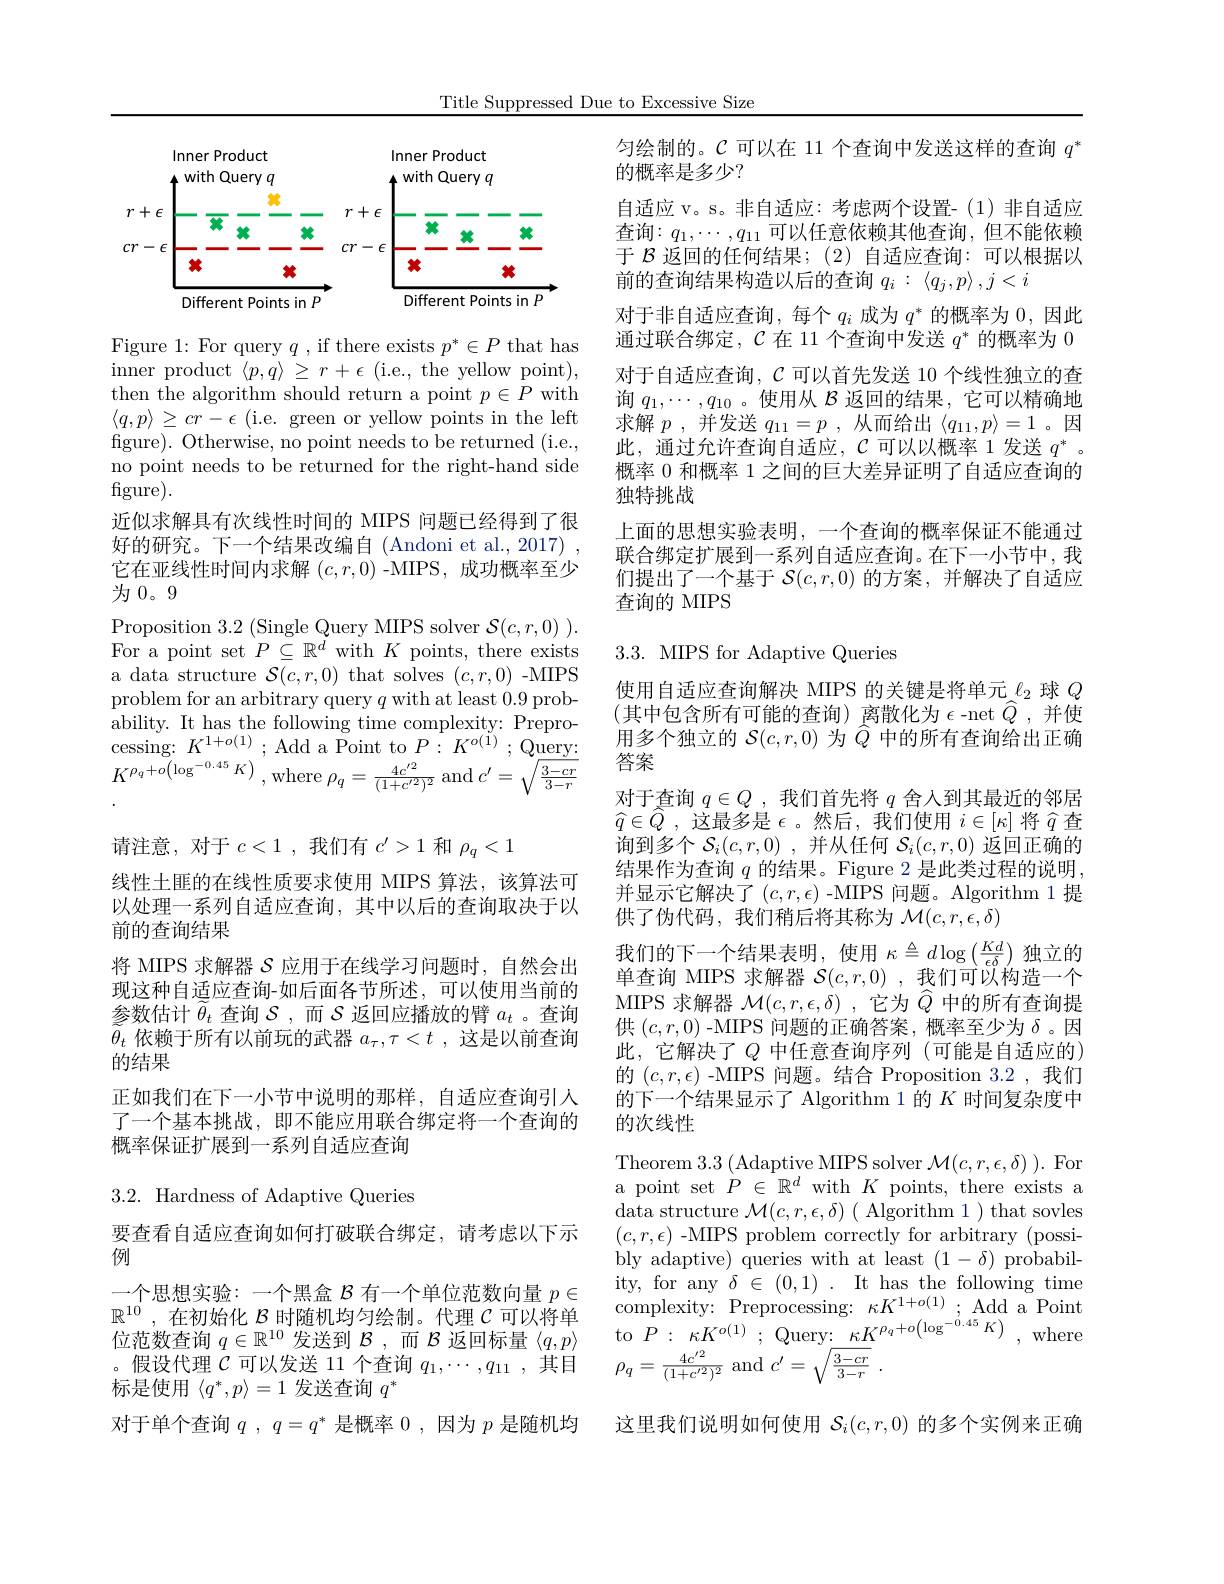
Title Suppressed Due to Excessive Size

<FigureHere>

Figure 1: For query $q$, if there exists $p^*\in P$ that has $\begin{array}{l}\text{inner product }\langle p,q\rangle\geq r+\epsilon\text{(i.e., the yellow point),}\\\text{then the algorithm should return a point }p\in P\mathrm{~with}\end{array}$ $\langle q,p\rangle\geq cr-\epsilon$ (i.e. green or yellow points in the left figure). Otherwise, no point needs to be returned (i.e., no point needs to be returned for the right-hand side figure).
近似求解具有次线性时间的 MIPS 问题已经得到了很好的研究。下一个结果改编自(Andoni et al., 2017) , 它在亚线性时间内求解$(c,r,0)$ -MIPS, 成功概率至少为0。9
Proposition 3. 2 ( Single Query MIPS solver $\mathcal{S} ( c, r, 0) ) .$ For a point set $P\subseteq \mathbb{R} ^{d}$with$K$points, there exists a data structure $\mathcal{S}(c,r,0)$ that solves $(c,r,0)$ -MIPS problem for an arbitrary query $q$ with at least 0.9 probability. It has the following time complexity: Prepro- cessing: $K^{1+ o( 1) }$ ; Add a Point to $P:$ $K^{o( 1) }$ ; Query: $K^{\rho _{q}+ o\left ( \log ^{- 0. 45}K\right ) }$ ,where $\rho _{q}= \frac {4c^{\prime 2}}{( 1+ c^{\prime 2}) ^{2}}$ and $c^{\prime }= \sqrt {\frac {3- cr}{3- r}}$ 请注意，对于$c<1$ ,我们有$c^\prime>1$和$\rho_q<1$
线性土匪的在线性质要求使用 MIPS 算法，该算法可以处理一系列自适应查询，其中以后的查询取决于以前的查询结果
将 MIPS 求解器$\mathcal{S}$应用于在线学习问题时，自然会出现这种自适应查询-如后面各节所述，可以使用当前的参数估计$\ddot{\theta}_t$查询$\mathcal{S}$,而$\mathcal{S}$返回应播放的臂$a_t$ 。查询$\bar{\theta}_t$依赖于所有以前玩的武器$a_\tau,\tau<t$ ,这是以前查询的结果
正如我们在下一小节中说明的那样，自适应查询引人了一个基本挑战，即不能应用联合绑定将一个查询的概率保证扩展到一系列自适应查询3.2. Hardness of Adaptive Queries

要查看自适应查询如何打破联合绑定，请考虑以下示
例
一个思想实验：一个黑盒$\mathcal{B}$有一个单位范数向量$p\in$ 。假设代理$\mathcal{C}$可以发送 11 个查询$q_1,\cdots,q_{11}$,其目标是使用$\langle q^*,p\rangle=1$发送查询$q^*$
对于单个查询$q,q=q^*$是概率0，因为$p$是随机均

匀绘制的。$\mathcal{C}$可以在 11 个查询中发送这样的查询$q^*$
的概率是多少？
自适应 v。s。非自适应：考虑两个设置-(1)非自适应查询：$q_1,\cdots,q_{11}$可以任意依赖其他查询，但不能依赖于$\mathcal{B}$返回的任何结果；(2)自适应查询：可以根据以前的查询结果构造以后的查询$q_i:\langle q_j,p\rangle,j<i$
对于非自适应查询，每个$q_i$成为$q^*$的概率为0，因此通过联合绑定，$\mathcal{C}$在 11 个查询中发送$q^*$的概率为 0对于自适应查询，$\mathcal{C}$可以首先发送 10 个线性独立的查询$q_1,\cdots,q_{10}$ 。使用从$\mathcal{B}$返回的结果，它可以精确地求解$p$ ,并发送$q_11=p$ ,从而给出$\langle q_11,p\rangle=1$ 。因此，通过允许查询自适应，$\mathcal{C}$可以以概率1发送 $q^*$。概率 0 和概率 1 之间的巨大差异证明了自适应查询的独特挑战
上面的思想实验表明，一个查询的概率保证不能通过联合绑定扩展到一系列自适应查询。在下一小节中，我们提出了一个基于$\mathcal{S}(c,r,0)$的方案，并解决了自适应查询的 MIPS

## 3.3. MIPS for Adaptive Queries

使用自适应查询解决 MIPS 的关键是将单元$\ell_2$球$Q$ (其中包含所有可能的查询)离散化为$\epsilon$-net$\widehat Q$,并使用多个独立的$\mathcal{S}(c,r,0)$为$\hat{Q}$中的所有查询给出正确答案
对于查询$q\in Q$ ,我们首先将$q$舍人到其最近的邻居$\widehat{q} \in \widehat{Q}$ , 这最多是 $\epsilon$。然后，我们使用 $i\in[\kappa]$ 将$\widehat{q}$ 查询到多个$\mathcal{S}_i(c,r,0)$ ,并从任何$\mathcal{S}_i(c,r,0)$返回正确的结果作为查询$q$的结果。Figure 2 是此类过程的说明， 并显示它解决了($c,r,\epsilon)$-MIPS 问题。Algorithm 1提供了伪代码，我们稍后将其称为$\mathcal{M}(c,r,\epsilon,\delta)$
我们的下一个结果表明，使用$\kappa\triangleq d\log\left(\frac{Kd}{\epsilon\delta}\right)$独立的单查询 MIPS 求解器$\mathcal{S}(c,r,0)$ ,我们可以构造一个MIPS 求解器$\mathcal{M}(c,r,\epsilon,\delta)$ ,它为$\hat{Q}$中的所有查询提供$(c,r,0)$ -MIPS 问题的正确答案，概率至少为$\delta$ 。因此，它解决了$Q$ 中任意查询序列(可能是自适应的) 的$(c,r,\epsilon)$ -MIPS 问题。结合 Proposition 3.2 ,我们的下一个结果显示了 Algorithm 1 的$K$时间复杂度中的次线性
Theorem $3.3\left(\mathrm{Adaptive~MIPS~solver~}\mathcal{M}(c,r,\epsilon,\delta)\right).$For a point set $\dot{P}\in\mathbb{R}^d$ with $K$ points, there exists a $\operatorname* { data structure } \mathcal{M} ( c, r, \epsilon , \delta ) ( \operatorname* { Algorithm 1} _{\mathrm{~that~sovles}}$ $(c,r,\epsilon)$ -MIPS problem correctly for arbitrary (possibly adaptive) queries with at least $(1-\delta)$ probability, for any $\delta\in(0,1).$ It has the following time
$\mathbb{R} ^{10}$,在 初 始 化  $\mathcal{B}$ 时 随 机 均 匀 绘 制 。 代 理  $\mathcal{C}$可 以 将 单  complexity:  Preprocessing:  $\kappa K^{1+ o( 1) };$ Add a Point 位 范 数 查 询  $q\in \mathbb{R} ^{10}$ 发 送 到  $\mathcal{B} $, 而  $\mathcal{B}$ 返 回 标 量  $\langle q, p\rangle$ to $P: \kappa K^{o( 1) };$ Query:  $\kappa K^{\rho _{q}+ o\left ( \log ^{- 0. 45}K\right ) }$, where
$\rho_{q}=\frac{4c^{\prime2}}{(1+c^{\prime2})^{2}}$and$c^\prime=\sqrt{\frac{3-cr}{3-r}}$
这里我们说明如何使用$\mathcal{S}_i(c,r,0)$的多个实例来正确